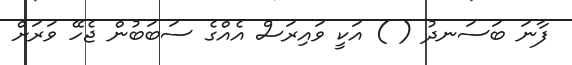
ފާނަ ބަސަނދު ( ) އަކީ ވައިރަސް އެއްގެ ސަބަބުން ޖެހޭ ވަރަށް